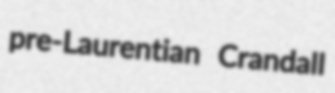
pre-Laurentian Crandall